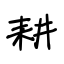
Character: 耕